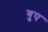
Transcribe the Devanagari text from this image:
गुप